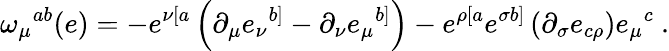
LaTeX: \omega_{\mu}{}^{ab}(e)=-e^{\nu[a}\left(\partial_{\mu}e_{\nu}{}^{b]}-\partial_{\nu}e_{\mu}{}^{b]}\right)-e^{\rho[a}e^{\sigma b]}\left(\partial_{\sigma}e_{c\rho}\right)e_{\mu}{}^{c}\ .